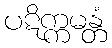
ပဋိက္ကမန္တံ